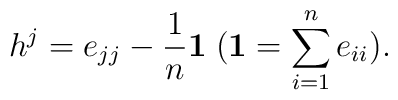
h^{j}=e_{jj}-\frac{1}{n}{\bf 1}\;({\bf 1}=\sum_{i=1}^{n}e_{ii}).